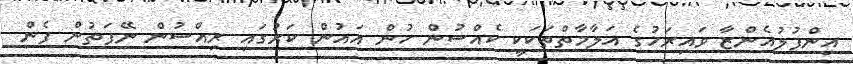
އިންފުލުއެންޒާ ވައިރަހުގެ އަލާމާތްތަކަކީ ކެއްސުން ހުން އައުން ކަރުގައި ރިއްސުން ނޭފަތުން ފެން